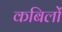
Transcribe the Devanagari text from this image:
कबिलों